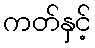
ကတ်နှင့်